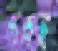
গড়ছ